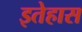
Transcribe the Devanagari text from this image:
इतेहास